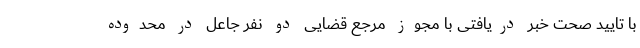
با تایید صحت خبر دریافتی با مجوز مرجع قضایی دو نفر جاعل در محدوده